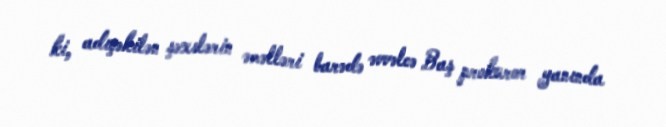
ki, adıçəkilən şəxslərin əməlləri barədə əvvəlcə Baş prokuror yanında